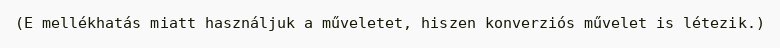
(E mellékhatás miatt használjuk a műveletet, hiszen konverziós művelet is létezik.)